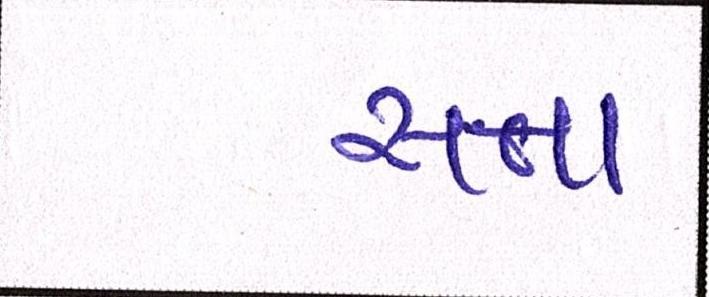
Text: સત્તા